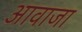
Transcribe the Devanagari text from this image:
आवाजा